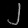
Digit: ၂